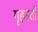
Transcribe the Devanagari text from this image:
गृहस्ती